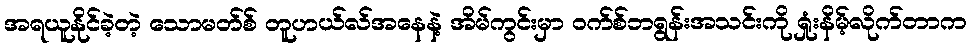
အရယူနိုင်ခဲ့တဲ့ သောမတ်စ် တူဟယ်လ်အနေနဲ့ အိမ်ကွင်းမှာ ဝက်စ်ဘရွန်းအသင်းကို ရှုံးနိမ့်လိုက်တာက